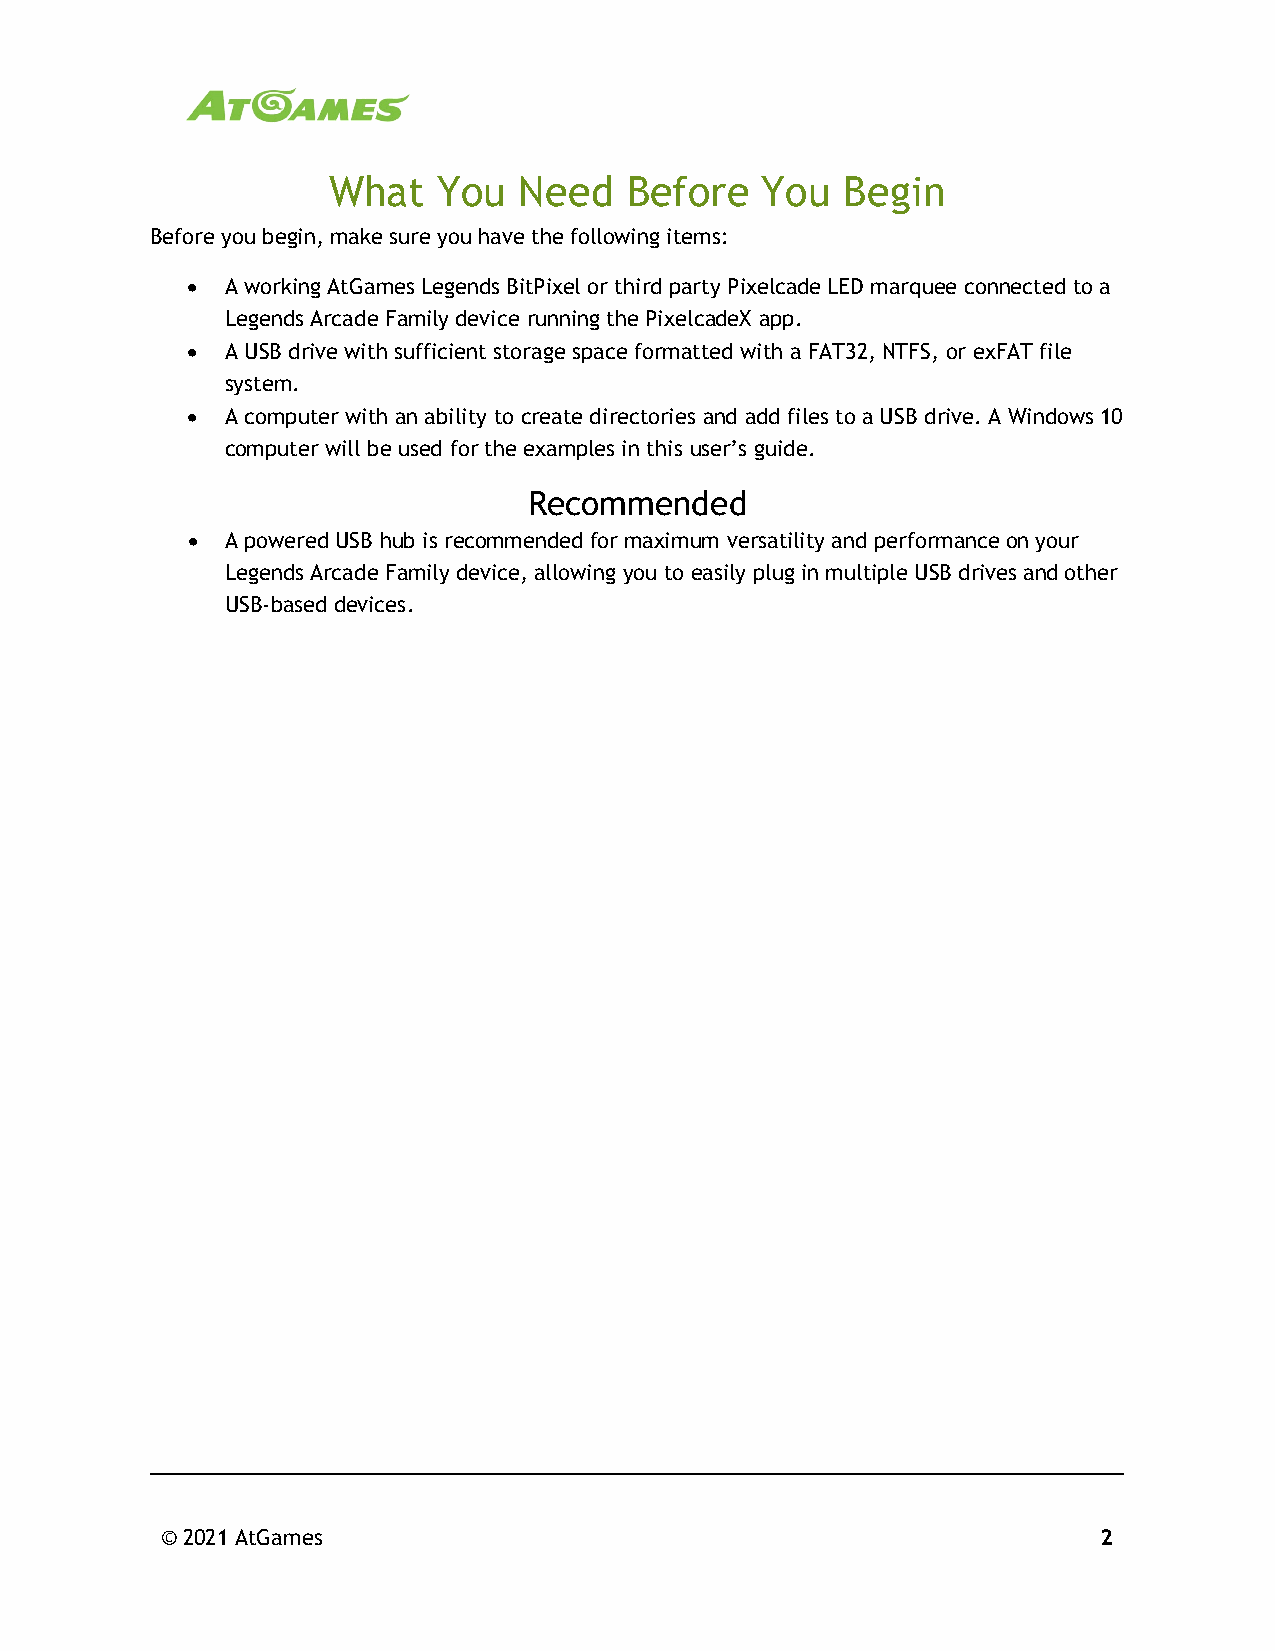
What   You  Need   Before   You   Begin
 Before you begin, make sure you have the following items:
 •  A working AtGames Legends BitPixel or third party Pixelcade LED marquee connected to a
 Legends Arcade Family device running the PixelcadeX app.
 •  A USB drive with sufficient storage space formatted with a FAT32, NTFS, or exFAT file
 system.
 •  A computer with an ability to create directories and add files to a USB drive. A Windows 10
 computer will be used for the examples in this user’s guide.
 Recommended
 •  A powered USB hub is recommended for maximum versatility and performance on your
 Legends Arcade Family device, allowing you to easily plug in multiple USB drives and other
 USB-based devices.
 © 2021 AtGames                                                2